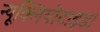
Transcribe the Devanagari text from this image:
न्यूक्लियोटाइड।